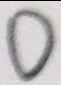
0